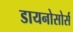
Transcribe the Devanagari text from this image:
डायनोसोर्स